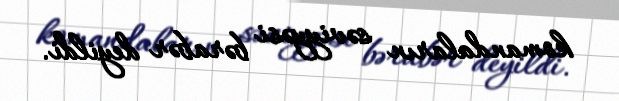
komandaların səviyyəsi bərabər deyildi.